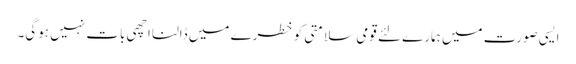
ایسی صورت میں ہمارے لئے قومی سلامتی کو خطرے میں ڈالنا اچھی بات نہیں ہوگی۔